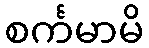
စင်္ကမာမိ